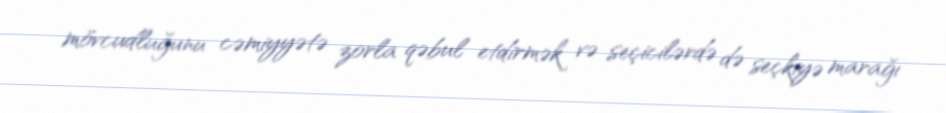
mövcudluğunu cəmiyyətə zorla qəbul etdirmək və seçicilərdə də seçkiyə marağı